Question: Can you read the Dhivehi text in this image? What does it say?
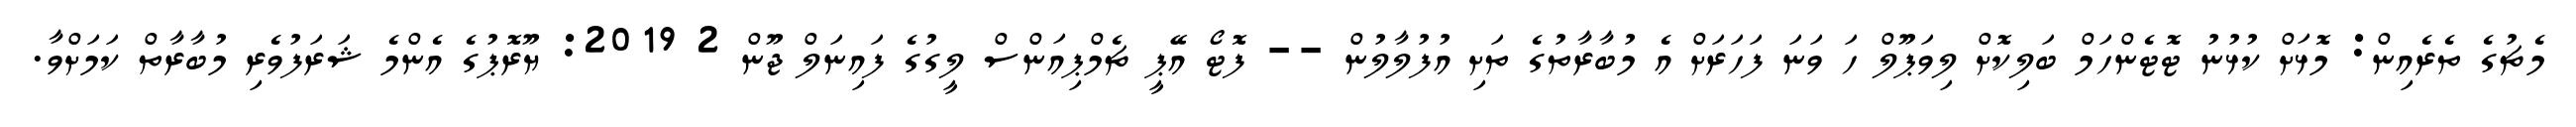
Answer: މެޗުގެ ތެރެއިން: މޮޅަށް ކުޅުނު ޓޮޓެންހަމް ބަލިކޮށް ލިވަޕޫލް ހަ ވަނަ ފަހަރަށް އެ މުބާރާތުގެ ތަށި އުފުލާލުން -- ފޮޓޯ އޭޕީ ޗެމްޕިއަންސް ލީގުގެ ފައިނަލް ޖޫން 2 2019: ޔޫރޮޕުގެ އެންމެ ޝަރަފުވެރި މުބާރާތް ކަމަށްވާ.